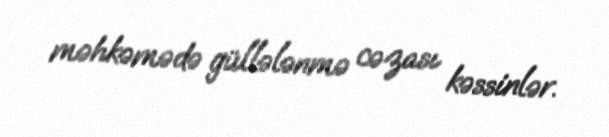
məhkəmədə güllələnmə cəzası kəssinlər.